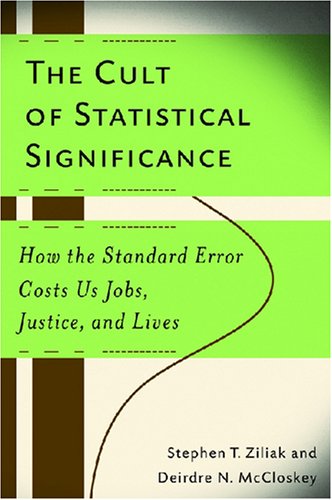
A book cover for The Cult of Statistical Significance: How the Standard Error Costs Us Jobs, Justice, and Lives (Economics, Cognition, and Society); Stephen T. Ziliak; Business & Money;